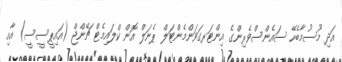
އަދި މޫސުމާބެހޭ ސައެންސްވެރިންގެ އިންޓަރގަވަންމެންޓަލް ޕެނަލް އޮން ކްލައިމެޓް ޗޭންޖް (އައިޕީސީސީ) އާއި